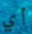
أي